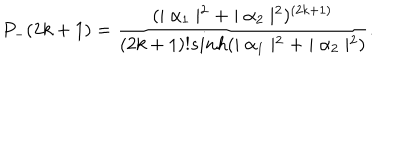
LaTeX: P _ { - } ( 2 k + 1 ) = \frac { ( \mid \alpha _ { 1 } \mid ^ { 2 } + \mid \alpha _ { 2 } \mid ^ { 2 } ) ^ { ( 2 k + 1 ) } } { ( 2 k + 1 ) ! s i n h ( \mid \alpha _ { 1 } \mid ^ { 2 } + \mid \alpha _ { 2 } \mid ^ { 2 } ) } .